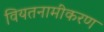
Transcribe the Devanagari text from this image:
वियतनामीकरण